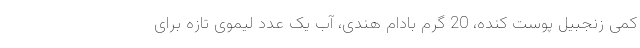
کمی زنجبیل پوست کنده، 20 گرم بادام هندی، آب یک عدد لیموی تازه برای